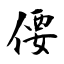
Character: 偠